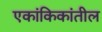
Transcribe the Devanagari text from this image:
एकांकिकांतील